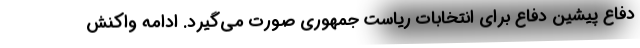
دفاع پیشین دفاع برای انتخابات ریاست جمهوری صورت می‌گیرد. ادامه واکنش